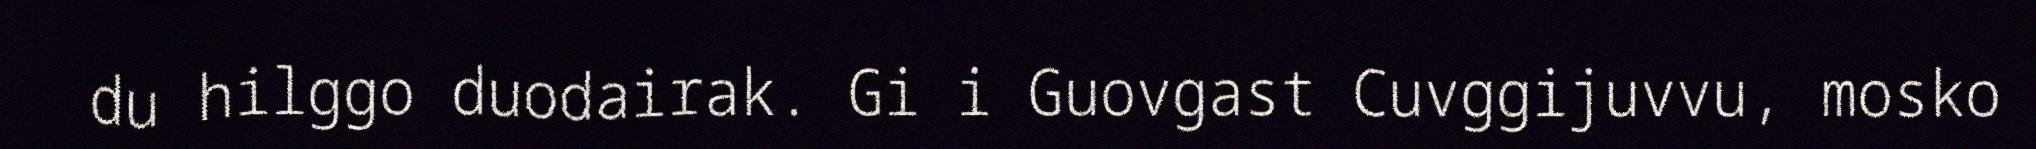
du hilggo duodairak. Gi i Guovgast Cuvggijuvvu, mosko